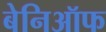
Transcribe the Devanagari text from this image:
बेनिऑफ